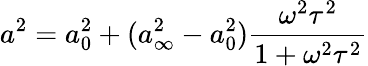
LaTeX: a^{2}=a_{0}^{2}+(a_{\infty}^{2}-a_{0}^{2})\frac{\omega^{2}\tau^{2}}{1+\omega^{2}\tau^{2}}